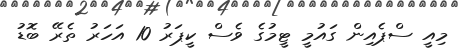
މިއީ ސްޕެއިން ގައުމީ ޓީމުގެ ވެސް ކީޕަރު 10 އަހަރު ތެރޭ ބޮޑު